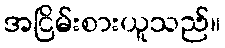
အငြိမ်းစားယူသည်။